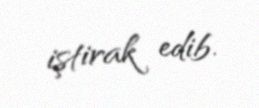
iştirak edib.